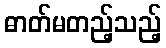
ဓာတ်မတည့်သည့်